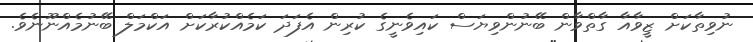
ނުވިތާކަށް ޒީވާއާ ގާތްވާން ބޭނުންވިޔަސް ކައިވެނީގެ ކުރިން އެފަދަ ކަމެއްކުރާކަށް އަކްމަލް ބޭނުމެއްނޫނެވެ.